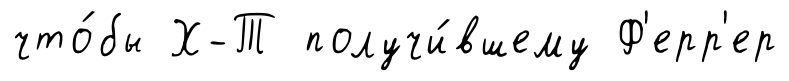
что́бы Х-Т получи́вшему Ф'ерр'ер